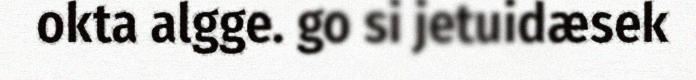
okta algge. go si jetuidæsek